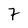
Character: 7